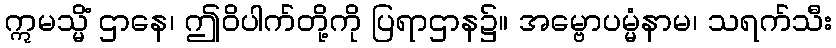
ဣမသ္မိံ ဌာနေ၊ ဤဝိပါက်တို့ကို ပြရာဌာန၌။ အမ္ဗောပမ္မံနာမ၊ သရက်သီး